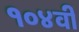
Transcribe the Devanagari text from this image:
१०४वी